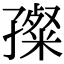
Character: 𡦞